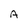
Character: A